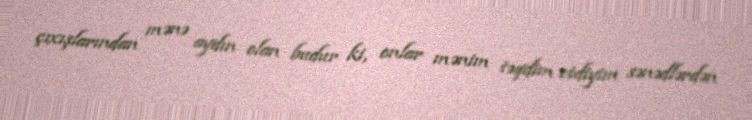
çıxışlarından mənə aydın olan budur ki, onlar mənim təqdim etdiyim sənədlərdən